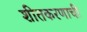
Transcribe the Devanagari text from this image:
शीतकरणाची